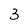
Character: 3